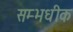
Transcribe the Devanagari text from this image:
सम्भधीक